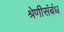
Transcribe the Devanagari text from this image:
श्रेणीसंबंध